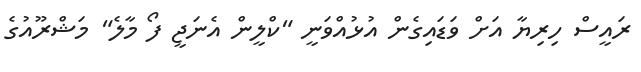
ރައީސް ހިރިޔާ އަށް ވަޑައިގެން އުޅުއްވަނީ "ކްލީން އެނަޖީ ފޯ މާލެ" މަޝްރޫއުގެ